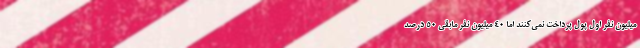
میلیون نفر اول پول پرداخت نمی‌کنند اما ۴۰ میلیون نفر مابقی ۵۰ درصد